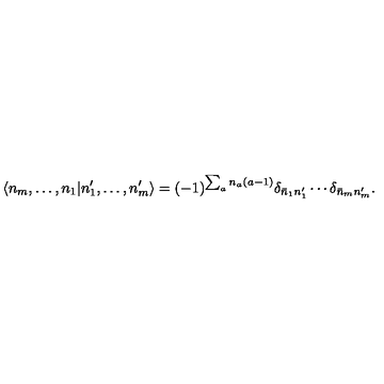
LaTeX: \langle n _ { m } , \ldots , n _ { 1 } | n _ { 1 } ^ { \prime } , \ldots , n _ { m } ^ { \prime } \rangle = ( - 1 ) ^ { \sum _ { a } n _ { a } ( a - 1 ) } \delta _ { \bar { n } _ { 1 } n _ { 1 } ^ { \prime } } \cdots \delta _ { \bar { n } _ { m } n _ { m } ^ { \prime } } .